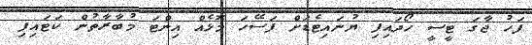
ފަހު ޖާގަ ޓީސީ ހޯދައިފި ޔުނައިޓެޑަށް ފަސޭހަ މޮޅެއް އިންޓަ މުބާރާތުން ކަޓައިފި